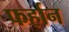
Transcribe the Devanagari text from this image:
फर्हान